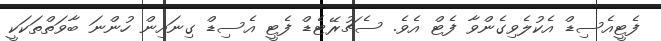
ފެޓީއެސިޑް އެކުލެވިގެންވާ ފެޓް އެވެ. ސެޗުރޭޓެޑް ފެޓީ އެސިޑް ގިނައިން ހުންނަ ބާވަތްތަކަކީ